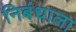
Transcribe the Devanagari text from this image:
निबंधाला